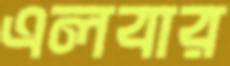
এলবার